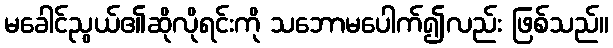
မခေါင်ညွယ်၏ဆိုလိုရင်းကို သဘောမပေါက်၍လည်း ဖြစ်သည်။